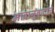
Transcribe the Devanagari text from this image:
भावानुवादाचे